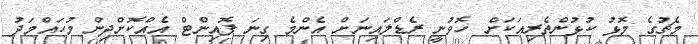
މެޗުގެ މޮޅު ކުޅުންތެރިއަކަށް ހޮވުނީ ރެޑްލައިނަށް އެންމެ ގިނަ ޕޮއިންޓް އެއްކޮށްދިން މުހައްމަދު